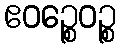
ဧဝဉ္စေဝဉ္စ